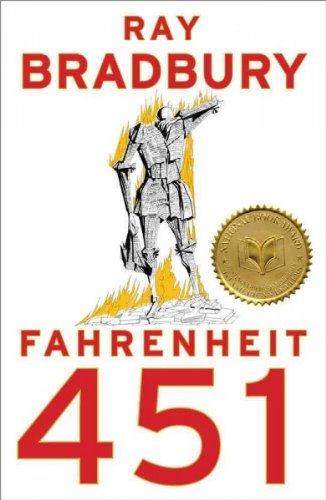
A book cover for Fahrenheit 451; Ray Bradbury; Literature & Fiction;